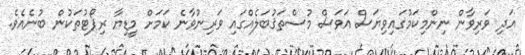
އަދި ވަރިވާން ނިންމިކަމުގައިވިޔަސް އަވަސް މުސްތަޤުބަލެއްގައި ވަރިނުވާނެ ކަމަށް މީޑިޔާ ރިޕޯޓުތަކުން ބުނެއެވެ.